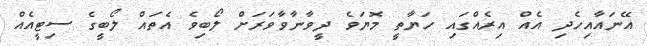
އޭނައާއިހެދި އެއް އިރެއްގައި ހަޔާތީ މޮޔަވެ ދީވާނާވާވަރަށް ލޯބިވެ އެތައް ލޯބީގެ ސިޓީއެއް